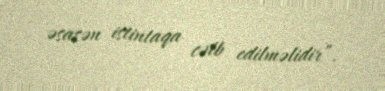
əsasən istintaqa cəlb edilməlidir”.